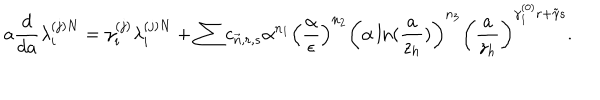
LaTeX: a \frac { d } { d a } \lambda _ { i } ^ { ( j ) N } = \gamma _ { i } ^ { ( j ) } \lambda _ { i } ^ { ( j ) N } + \sum c _ { \vec { n } , r , s } \alpha ^ { n _ { 1 } } \left( \frac { \alpha } { \epsilon } \right) ^ { n _ { 2 } } \left( \alpha \ln ( \frac { a } { z _ { h } } ) \right) ^ { n _ { 3 } } \left( \frac { a } { z _ { h } } \right) ^ { \gamma _ { 1 } ^ { ( 0 ) } r + \tilde { \gamma } s } .